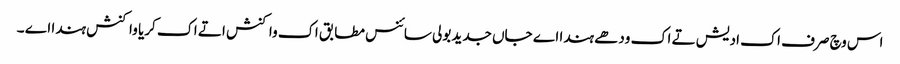
اس وچ صرف اک ادیش تے اک ودھے ہندا اے جاں جدید بولی سائنس مطابق اک واکنش اتے اک کریا واکنش ہندا اے ۔